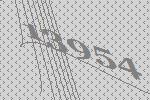
13954